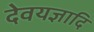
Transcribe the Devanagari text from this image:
देवयज्ञादि